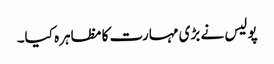
پولیس نے بڑی مہارت کا مظاہرہ کیا۔